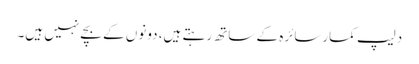
دلیپ کمارسائرہ کے ساتھ رہتے ہیں، دونوں کے بچے نہیں ہیں۔